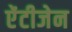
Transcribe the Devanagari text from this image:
ऐंटीजेन